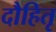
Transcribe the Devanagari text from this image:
दौहितृ